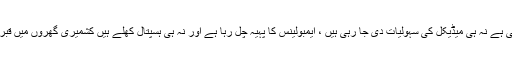
نہ خوراک پہنچائی جا رہی ہے نہ ہی میڈیکل کی سہولیات دی جا رہی ہیں ، ایمبولینس کا پہیہ چل رہا ہے اور نہ ہی ہسپتال کھلے ہیں کشمیری گھروں میں قبریں بنا نے پہ مجبور ہیں ۔